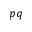
p q